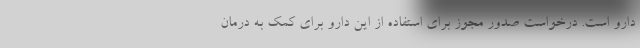
دارو است. درخواست صدور مجوز برای استفاده از این دارو برای کمک به درمان